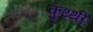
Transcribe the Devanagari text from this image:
कुथ्थी